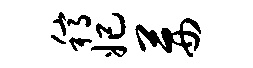
稿妃茜